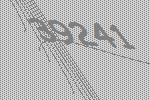
39241